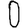
Digit: 0